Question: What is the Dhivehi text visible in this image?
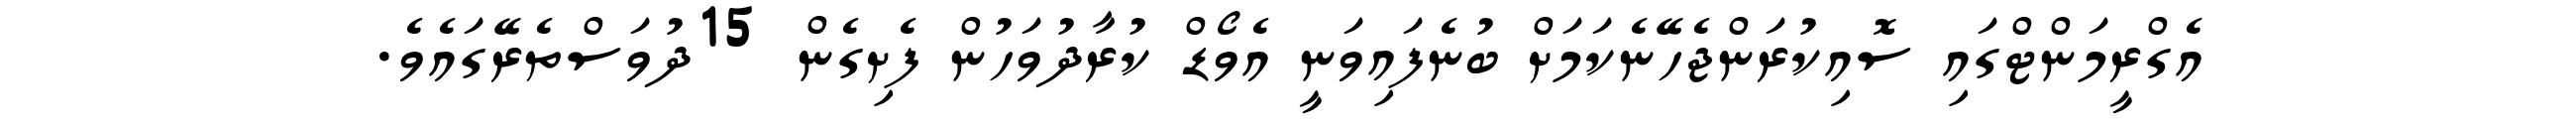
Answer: އެގްރީމަންޓްގައި ސޮއިކުރަންޖެހޭނެކަމަށް ބުނެފައިވަނީ އެވޯޑް ކުރާދުވަހުން ފެށިގެން 15ދުވަސްތެރޭގައެވެ.